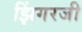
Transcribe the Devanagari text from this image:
झिंगरजी